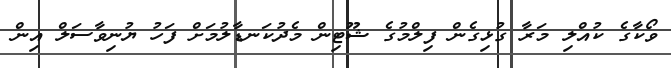
ވޯކާގެ ކުއްލި މަރާ ގުޅިގެން ފިލްމުގެ ޝޫޓިން މެދުކަނޑާލުމަށް ފަހު ޔުނިވާސަލް އިން